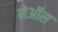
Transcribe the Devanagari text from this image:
नेऑस